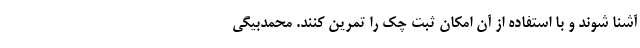
آشنا شوند و با استفاده از آن امکان ثبت چک را تمرین کنند. محمدبیگی